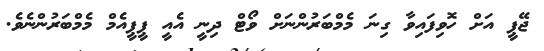
ޖޭޕީ އަށް ހޮވިފައިވާ ގިނަ މެމްބަރުންނަށް ވޯޓް ދިނީ އެއީ ޕީޕީއެމް މެމްބަރުންނެވެ.